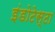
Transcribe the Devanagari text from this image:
इंडोटेस्टा